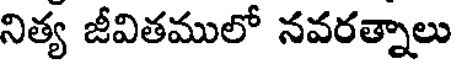
నిత్య జీవితములో నవరత్నాలు